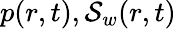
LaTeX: p(r,t),\mathcal{S}_{w}(r,t)